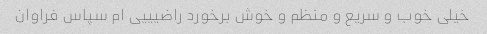
خیلی خوب و سریع و منظم و خوش برخورد راضیییی ام سپاس فراوان